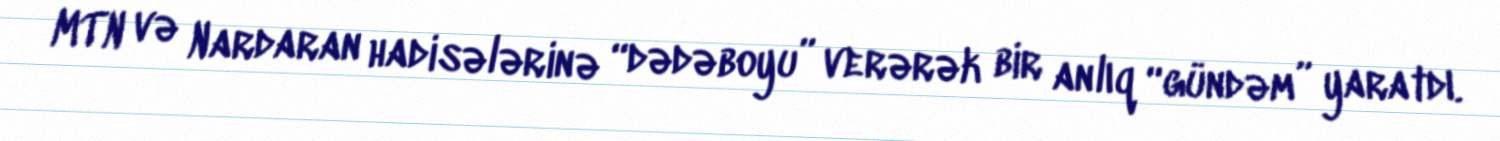
MTN və Nardaran hadisələrinə “dədəboyu” verərək bir anlıq “gündəm” yaratdı.